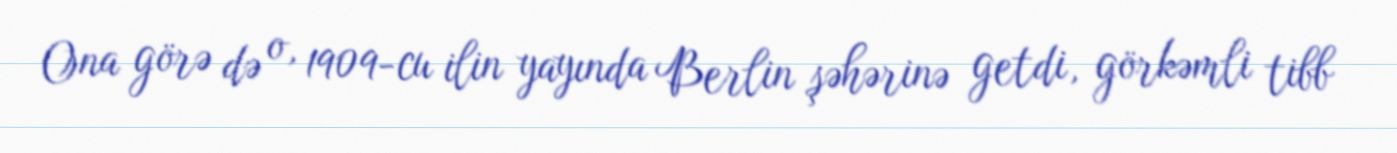
Ona görə də o, 1909-cu ilin yayında Berlin şəhərinə getdi, görkəmli tibb